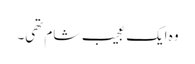
وہ ایک عجیب شام تھی۔